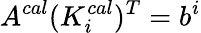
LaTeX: A^{cal}(K_{i}^{cal})^{T}=b^{i}